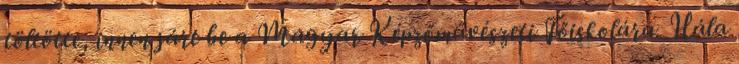
töltötte, innen járt be a Magyar Képzőművészeti Főiskolára. Hála